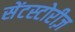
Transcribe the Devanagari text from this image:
सेंटस्टोरीज़